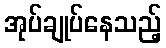
အုပ်ချုပ်နေသည့်